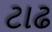
ટાઢ